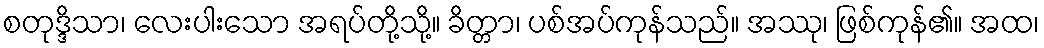
စတုဒ္ဒိသာ၊ လေးပါးသော အရပ်တို့သို့။ ခိတ္တာ၊ ပစ်အပ်ကုန်သည်။ အဿု၊ ဖြစ်ကုန်၏။ အထ၊